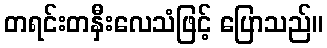
တရင်းတနှီးလေသံဖြင့် ပြောသည်။